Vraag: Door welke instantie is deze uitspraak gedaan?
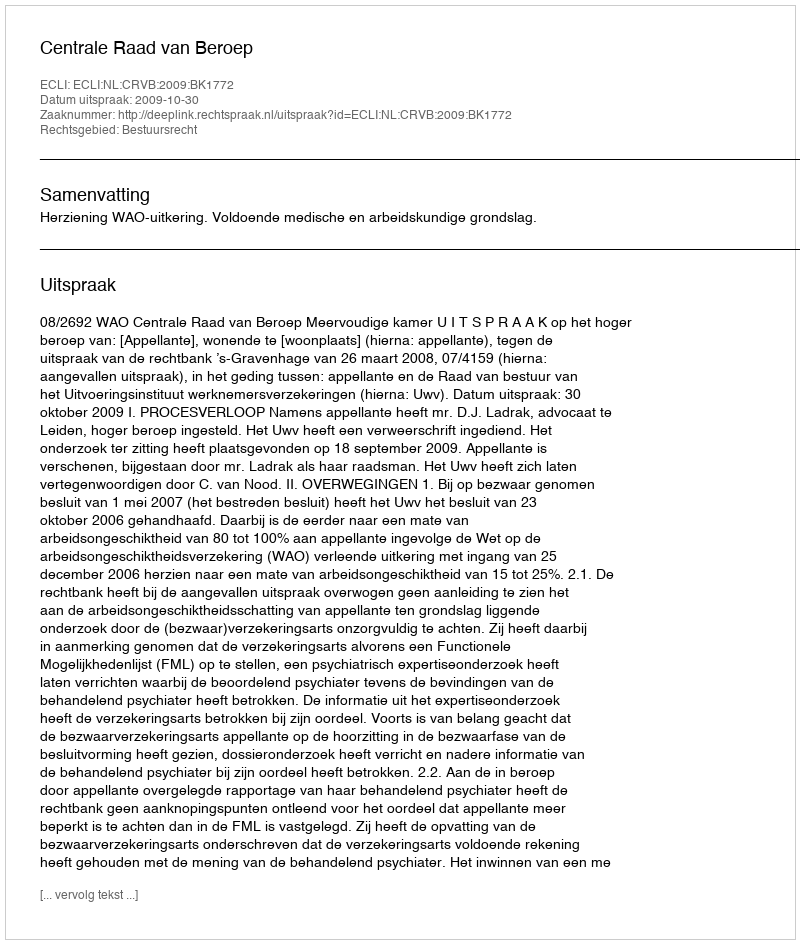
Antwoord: Centrale Raad van Beroep